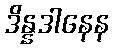
ဒိန္နဒါနေန